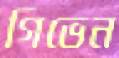
গিভেন